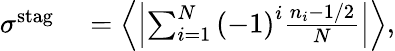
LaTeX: \begin{array}{rl}{\sigma^{\mathrm{stag}}}&{{}=\left\langle\left|\sum_{i=1}^{N}\left(-1\right)^{i}\frac{n_{i}-1/2}{N}\right|\right\rangle,}\end{array}